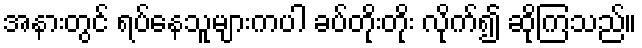
အနားတွင် ရပ်နေသူများကပါ ခပ်တိုးတိုး လိုက်၍ ဆိုကြသည်။